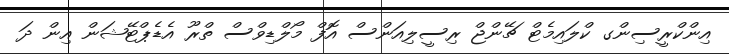
އިންކްރީސިންގ ކްލައިމެޓް ޗޭންޖް ރިސީލިއަންސް އޮފް މޯލްޑިވްސް ތްރޫ އެޑެޕްޓޭޝަން އިން ދަ